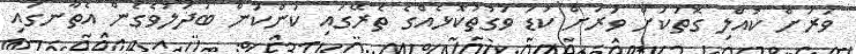
ވަރަށް ކުއްލި ގޮތަކަށް ވަރަށް ކުޑަ ވަގުތުކޮޅެއްގެ ތެރޭގައި ކަންކަން ބަދަލުވެގެން އެތާނގައި